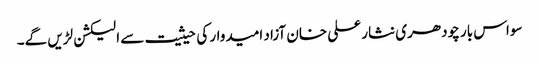
سواس بار چودھری نثار علی خان آزاد امیدوار کی حیثیت سے الیکشن لڑیں گے۔